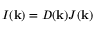
I ( \mathbf { k } ) = D ( \mathbf { k } ) J ( \mathbf { k } )